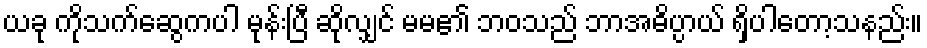
ယခု ကိုသက်ဆွေကပါ မုန်းပြီ ဆိုလျှင် မမ၏ ဘဝသည် ဘာအဓိပ္ပာယ် ရှိပါတော့သနည်း။